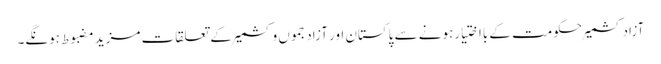
آزادکشمیرحکومت کے بااختیارہونے سے پاکستان اور آزادجموں وکشمیر کے تعلقات مزید مضبوط ہونگے۔